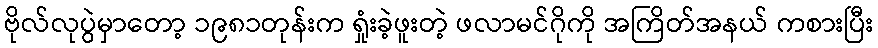
ဗိုလ်လုပွဲမှာတော့ ၁၉၈၁တုန်းက ရှုံးခဲ့ဖူးတဲ့ ဖလာမင်ဂိုကို အကြိတ်အနယ် ကစားပြီး